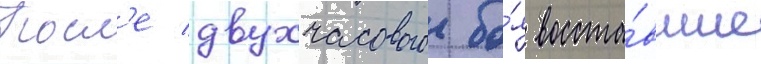
Посл'е двухчасового бо́я восста́вшие